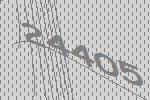
24405